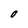
Character: O